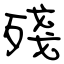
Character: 殘